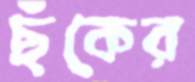
ছঁকের